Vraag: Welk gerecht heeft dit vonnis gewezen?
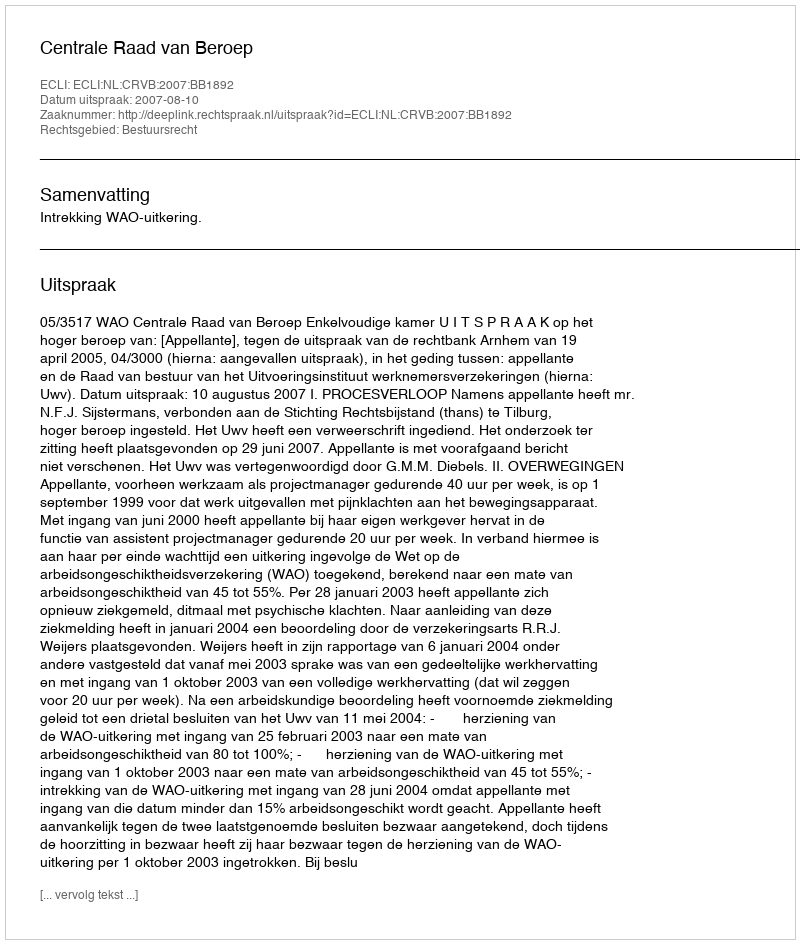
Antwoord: Centrale Raad van Beroep